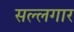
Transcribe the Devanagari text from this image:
सल्लगार